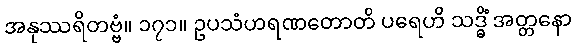
အနုဿရိတဗ္ဗံ။ ၁၇၁။ ဥပသံဟရဏတောတိ ပရေဟိ သဒ္ဓိံ အတ္တနော